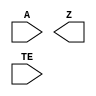
module sky130_fd_sc_lp__einvp (
    //# {{data|Data Signals}}
    input  A ,
    output Z ,

    //# {{control|Control Signals}}
    input  TE
);

    // Voltage supply signals
    supply1 VPWR;
    supply0 VGND;
    supply1 VPB ;
    supply0 VNB ;

endmodule